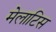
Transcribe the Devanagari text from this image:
मेलाटिस